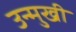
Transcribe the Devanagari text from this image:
उन्‍मुखी